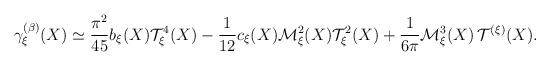
LaTeX: \begin{align*}\gamma_\xi^{(\beta)} (X) \simeq \frac{\pi^2}{4 5} b_\xi (X) {\cal T}_\xi^4 (X) - \frac{1}{1 2} c_\xi (X) {\cal M}_\xi^2 (X) {\cal T}_\xi^2 (X) + \frac{1}{6 \pi} {\cal M}_\xi^3 (X) \, {\cal T}^{(\xi)} (X) . \end{align*}